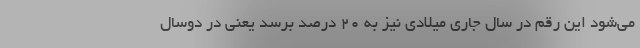
می‌شود این رقم در سال‌ جاری میلادی نیز به ۲۰ درصد برسد یعنی در دوسال